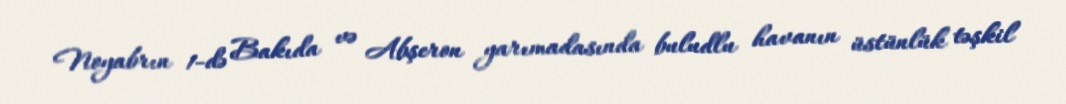
Noyabrın 1-də Bakıda və Abşeron yarımadasında buludlu havanın üstünlük təşkil